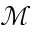
\mathcal { M }